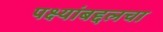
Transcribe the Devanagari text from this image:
पक्ष्यांबद्दलचा